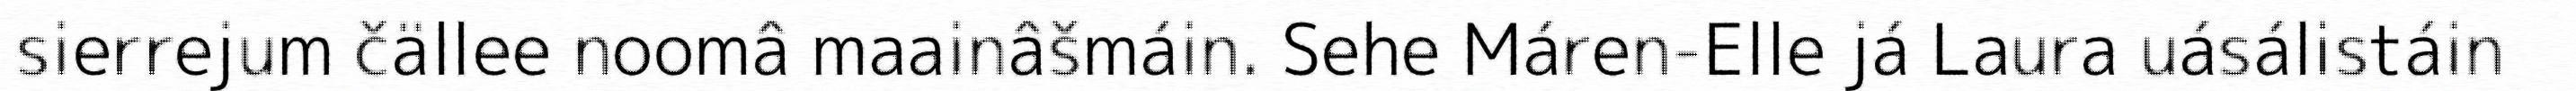
sierrejum čällee noomâ maainâšmáin. Sehe Máren-Elle já Laura uásálistáin